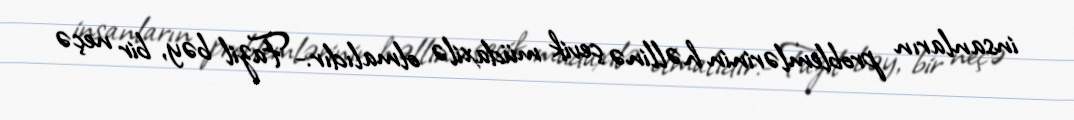
insanların problemlərinin həllinə çevik müdaxilə olmalıdır.- Fazil bəy, bir neçə